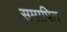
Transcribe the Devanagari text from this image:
समापित